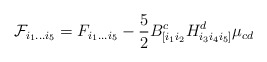
\begin{align*}{\cal F}_{i_1 \dots i_5} = F_{i_1 \dots i_5} - \frac{5}{2}B^c_{[i_1 i_2} H^d_{i_3 i_4 i_5]} \mu_{cd}\end{align*}